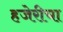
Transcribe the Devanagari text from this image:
हजेरीचा